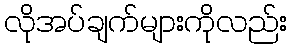
လိုအပ်ချက်များကိုလည်း